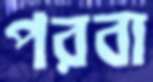
পরবা